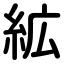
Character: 絋